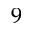
9